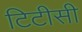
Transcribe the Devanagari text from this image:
टिटीसी